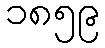
၁၈၅၉